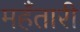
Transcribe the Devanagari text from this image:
महँतारी